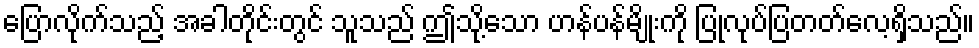
ပြောလိုက်သည့် အခါတိုင်းတွင် သူသည် ဤသို့သော ဟန်ပန်မျိုးကို ပြုလုပ်ပြတတ်လေ့ရှိသည်။